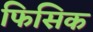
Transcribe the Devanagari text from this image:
फिसिक